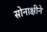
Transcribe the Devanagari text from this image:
सोनाक्षीने